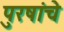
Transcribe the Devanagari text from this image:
पुरषांचे